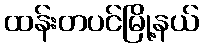
ထန်းတပင်မြို့နယ်